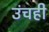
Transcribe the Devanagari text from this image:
उंचही